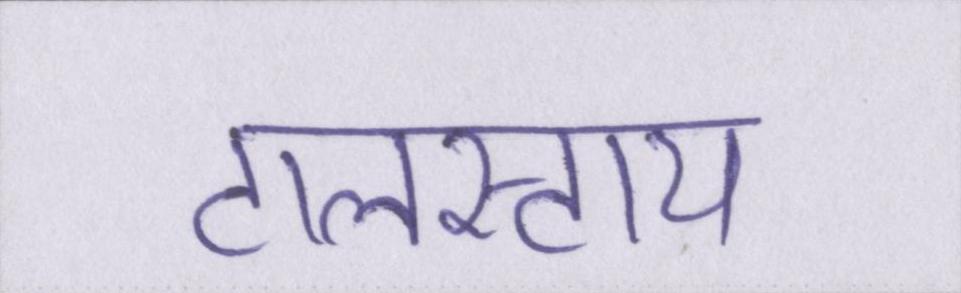
टालस्टाय